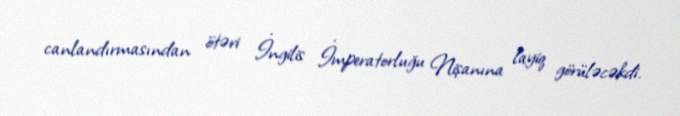
canlandırmasından ötəri İngilis İmperatorluğu Nişanına layiq görüləcəkdi.